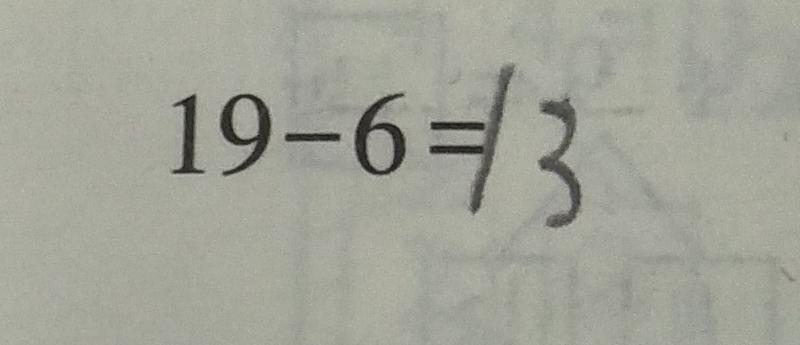
1 9 - 6 = 1 3